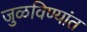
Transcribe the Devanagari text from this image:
जुळविण्यांत